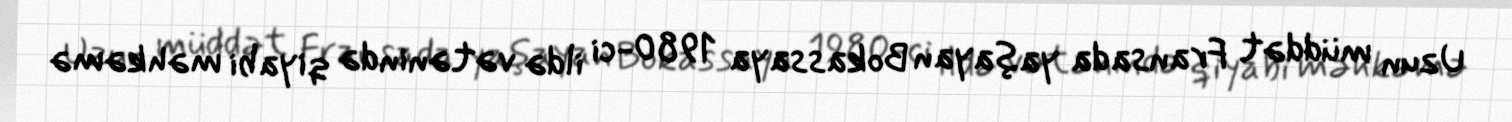
Uzun müddət Fransada yaşayan Bokassaya 1980-ci ildə vətənində qiyabi məhkəmə